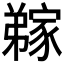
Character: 𭛊